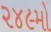
૨૪૯મો